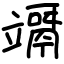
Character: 竵